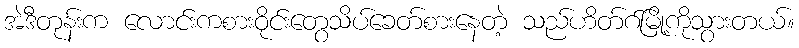
အဲဒီတုန်းက လောင်းကစားဝိုင်းတွေသိပ်ခေတ်စားနေတဲ့ သည်ဟိတ်ဂ်မြို့ကိုသွားတယ်။